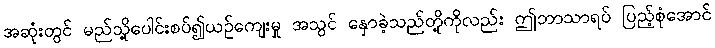
အဆုံးတွင် မည်သို့ပေါင်းစပ်၍ယဉ်ကျေးမှု အသွင် နှောခဲ့သည်တို့ကိုလည်း ဤဘာသာရပ် ပြည့်စုံအောင်